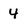
Character: 4